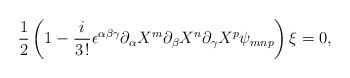
LaTeX: \begin{align*}\frac {1}{2} \left( 1 - \frac {i}{3 \, !} \epsilon^{\alpha \beta \gamma} \partial_{\alpha} X^m \partial_{\beta} X^n \partial_{\gamma} X^p \psi_{mnp} \right) \xi =0,\end{align*}